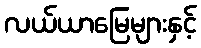
လယ်ယာမြေများနှင့်